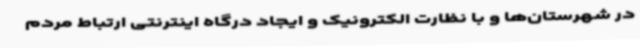
در شهرستان‌ها و با نظارت الکترونیک و ایجاد درگاه اینترنتی ارتباط مردم